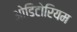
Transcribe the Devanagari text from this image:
ओडिटोरियम